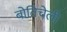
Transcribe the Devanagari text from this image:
बोतिचेली